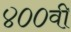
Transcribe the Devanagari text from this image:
४००वी